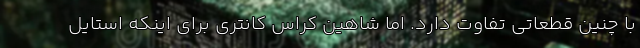
با چنین قطعاتی تفاوت دارد. اما شاهین کراس کانتری برای اینکه استایل